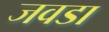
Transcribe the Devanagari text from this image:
जवडा